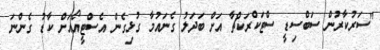
"ސަރުކާރުން ސަބްސިޑީ ސްޓަކްރަކްޗާ އަށް ބަދަލު ގެނައުމާ ގުޅިގެން އެސްޓީއޯއަށް ކާޑު ގެންނަ